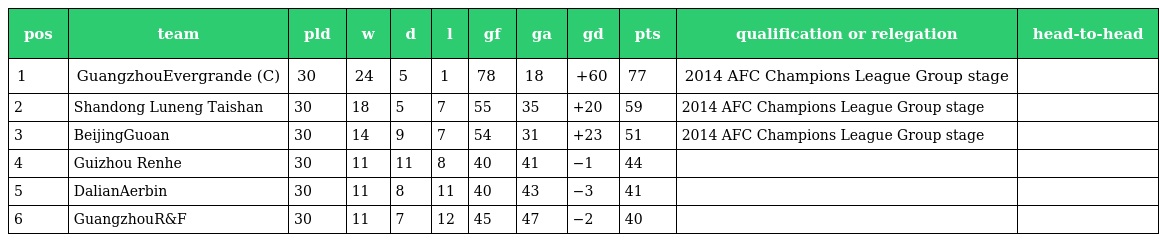
| pos | team | pld | w | d | l | gf | ga | gd | pts | qualification or relegation | head-to-head |
 | --- | --- | --- | --- | --- | --- | --- | --- | --- | --- | --- | --- |
 | 1 | GuangzhouEvergrande (C) | 30 | 24 | 5 | 1 | 78 | 18 | +60 | 77 | 2014 AFC Champions League Group stage |  |
 | 2 | Shandong Luneng Taishan | 30 | 18 | 5 | 7 | 55 | 35 | +20 | 59 | 2014 AFC Champions League Group stage |  |
 | 3 | BeijingGuoan | 30 | 14 | 9 | 7 | 54 | 31 | +23 | 51 | 2014 AFC Champions League Group stage |  |
 | 4 | Guizhou Renhe | 30 | 11 | 11 | 8 | 40 | 41 | −1 | 44 |  |  |
 | 5 | DalianAerbin | 30 | 11 | 8 | 11 | 40 | 43 | −3 | 41 |  |  |
 | 6 | GuangzhouR&F | 30 | 11 | 7 | 12 | 45 | 47 | −2 | 40 |  |  |